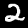
Label: 2